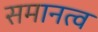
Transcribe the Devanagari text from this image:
समानत्व